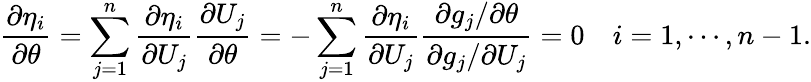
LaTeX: \frac{\partial\eta_{i}}{\partial\theta}=\sum_{j=1}^{n}\frac{\partial\eta_{i}}{\partial U_{j}}\frac{\partial U_{j}}{\partial\theta}=-\sum_{j=1}^{n}\frac{\partial\eta_{i}}{\partial U_{j}}\frac{\partial g_{j}/\partial\theta}{\partial g_{j}/\partial U_{j}}=0\quad i=1,\cdots,n-1.